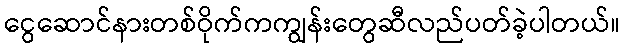
ငွေဆောင်နားတစ်ဝိုက်ကကျွန်းတွေဆီလည်ပတ်ခဲ့ပါတယ်။